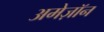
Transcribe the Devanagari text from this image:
अमेज़ॉन